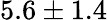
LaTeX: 5.6\pm 1.4